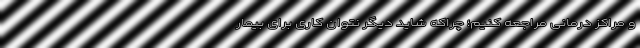
و مراکز درمانی مراجعه کنیم؛ چراکه شاید دیگر نتوان کاری برای بیمار